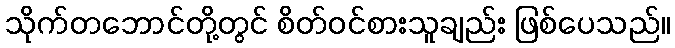
သိုက်တဘောင်တို့တွင် စိတ်ဝင်စားသူချည်း ဖြစ်ပေသည်။